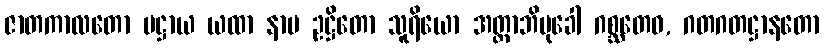
ဇာတကာလတော ပဋ္ဌာယ ယထာ နာမ ဥဋ္ဌိတော သူရိယော အတ္ထာဘိမုခေါ ဂစ္ဆတေဝ, ဂတဂတဋ္ဌာနတော